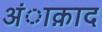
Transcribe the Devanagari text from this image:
अंाक़ाद